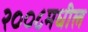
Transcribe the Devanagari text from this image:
२००८मधील